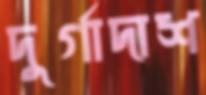
দুর্গাদাশ